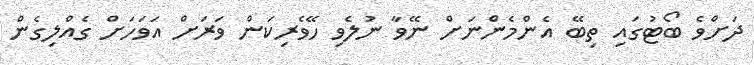
ދަށްވެ ބޯޓުގައި ތިބޭ އެންމެންނަށް ނޭވާ ނުލެވި ހޭވެރިކަން ވަރަށް އަވަހަށް ގެއްލިގެން